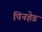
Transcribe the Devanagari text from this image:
पिनहेड